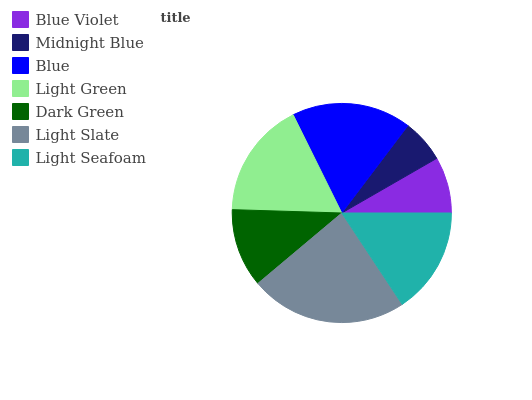
| Blue Violet | Midnight Blue | Blue | Light Green | Dark Green | Light Slate | Light Seafoam |
 | --- | --- | --- | --- | --- | --- | --- |
 | 8.3% | 6.38% | 17.6% | 17.2% | 11.6% | 23.2% | 15.7% |